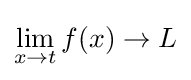
\lim _{x\to t}f(x)\to L